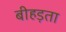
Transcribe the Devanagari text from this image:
बीहड़ता